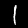
Label: 1